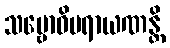
သမ္ဗောဓိပရာယဏန္တိ